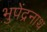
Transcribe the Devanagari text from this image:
भुपेंद्रनाथ